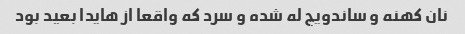
نان کهنه و ساندویچ له شده و سرد که واقعا از هایدا بعید بود